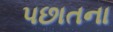
પછાતના